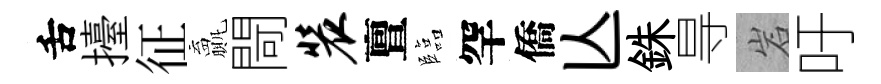
舌擡征贏閜装亶臨罕僑亾銖㝵岩吁